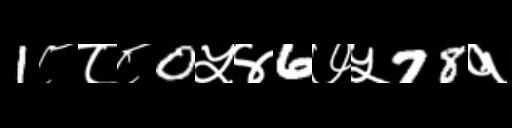
Text: 1८८८0५४6७५78१